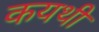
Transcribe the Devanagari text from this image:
कयथी